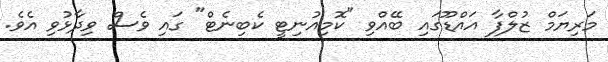
މަރިޔަމް ޒުލްފާ އައްޑޫގައި ބޭއްވި "ކޮމިއުނިޓީ ކެބިނެޓް" ގައި ވެސް ވިދާޅުވި އެވެ.